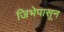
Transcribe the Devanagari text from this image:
जिभेपासून